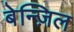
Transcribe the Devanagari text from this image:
बेन्ज़िल